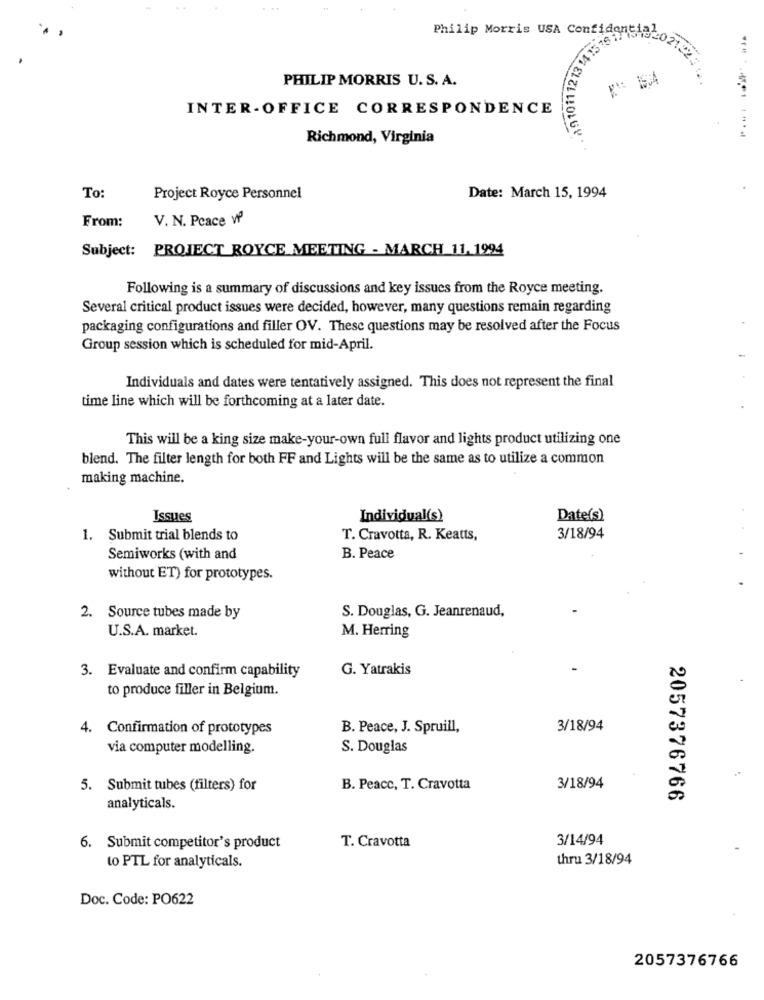
. . 89 1011 1213 45
Philip Morris USA ConfidensigLo
PHILIP MORRIS U. S. A.
INTER-OFFICE CORRESPONDENCE
Richmond, Virginia
To:
Project Royce Personnel
Date: March 15, 1994
From:
V. N. Peace v
Subject: PROJECT ROYCE MEETING - MARCH 11, 1994
Following is a summary of discussions and key issues from the Royce meeting.
Several critical product issues were decided, however, many questions remain regarding
packaging configurations and filler OV. These questions may be resolved after the Focus
Group session which is scheduled for mid-April.
Individuals and dates were tentatively assigned. This does not represent the final
time line which will be forthcoming at a later date.
This will be a king size make-your-own full flavor and lights product utilizing one
blend. The filter length for both FF and Lights will be the same as to utilize a common
making machine.
Issues
Individual(s)
Date(s)
1. Submit trial blends to
T. Cravotta, R. Keatts,
3/18/94
Semiworks (with and
B. Peace
without ET) for prototypes.
S. Douglas, G. Jeanrenaud,
2. Source tubes made by
U.S.A. market.
M. Herring
3. Evaluate and confirm capability
G. Yatrakis
to produce filler in Belgium.
4. Confirmation of prototypes
B. Peace, J. Spruill,
3/18/94
via computer modelling.
S. Douglas
5. Submit tubes (filters) for
B. Peace, T. Cravotta
3/18/94
2057376766
analyticals.
T. Cravotta
3/14/94
6. Submit competitor's product
thru 3/18/94
to PTL for analyticals.
Doc. Code: PO622
2057376766